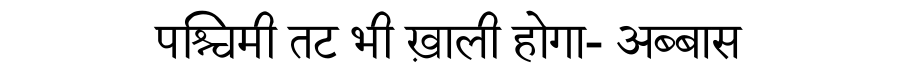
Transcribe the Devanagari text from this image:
पश्चिमी तट भी ख़ाली होगा- अब्बास